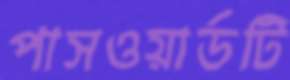
পাসওয়ার্ডটি